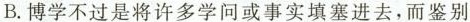
B.博学不过是将许多学问或事实填塞进去，而鉴别